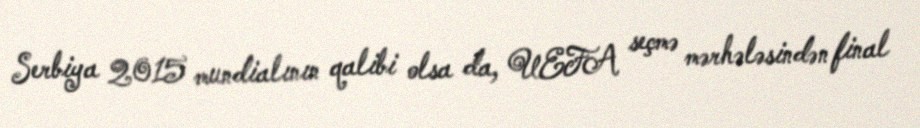
Serbiya 2015 mundialının qalibi olsa da, UEFA seçmə mərhələsindən final